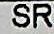
SR